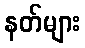
နတ်များ